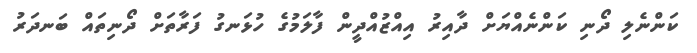
ކަންނެލި ދޯނި ކަންނެއްޔަށް ދާއިރު އިއްޒުއްދީން ފާލަމުގެ ހުޅަނގު ފަރާތަށް ދޯނިތައް ބަނދަރު